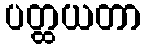
ပတ္ထယတာ